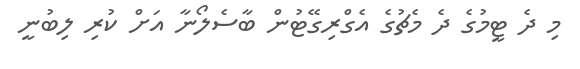
މި ދެ ޓީމުގެ ދެ މެޗުގެ އެގްރިގޭޓުން ބާސެލޯނާ އަށް ކުރި ލިބުނީ